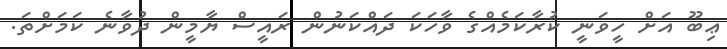
ޢިބޫ އަށް ހީވަނީ ކުރާކަމެއްގެ ވާހަކަ ދައްކަނުން ރައީސް ޔާމީން ދުވާނެ ކަމަށްތަ.